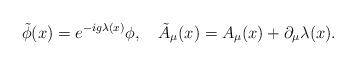
LaTeX: \begin{align*} \tilde \phi(x) = e^{-i g \lambda(x)} \phi, \quad \tilde A_\mu(x) = A_\mu(x) + \partial_\mu \lambda(x).\end{align*}